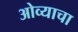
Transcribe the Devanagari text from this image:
ओव्याचा